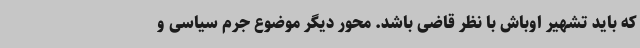
که باید تشهیر اوباش با نظر قاضی باشد. محور دیگر موضوع جرم سیاسی و